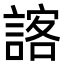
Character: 𮘨